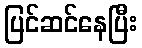
ပြင်ဆင်နေပြီး